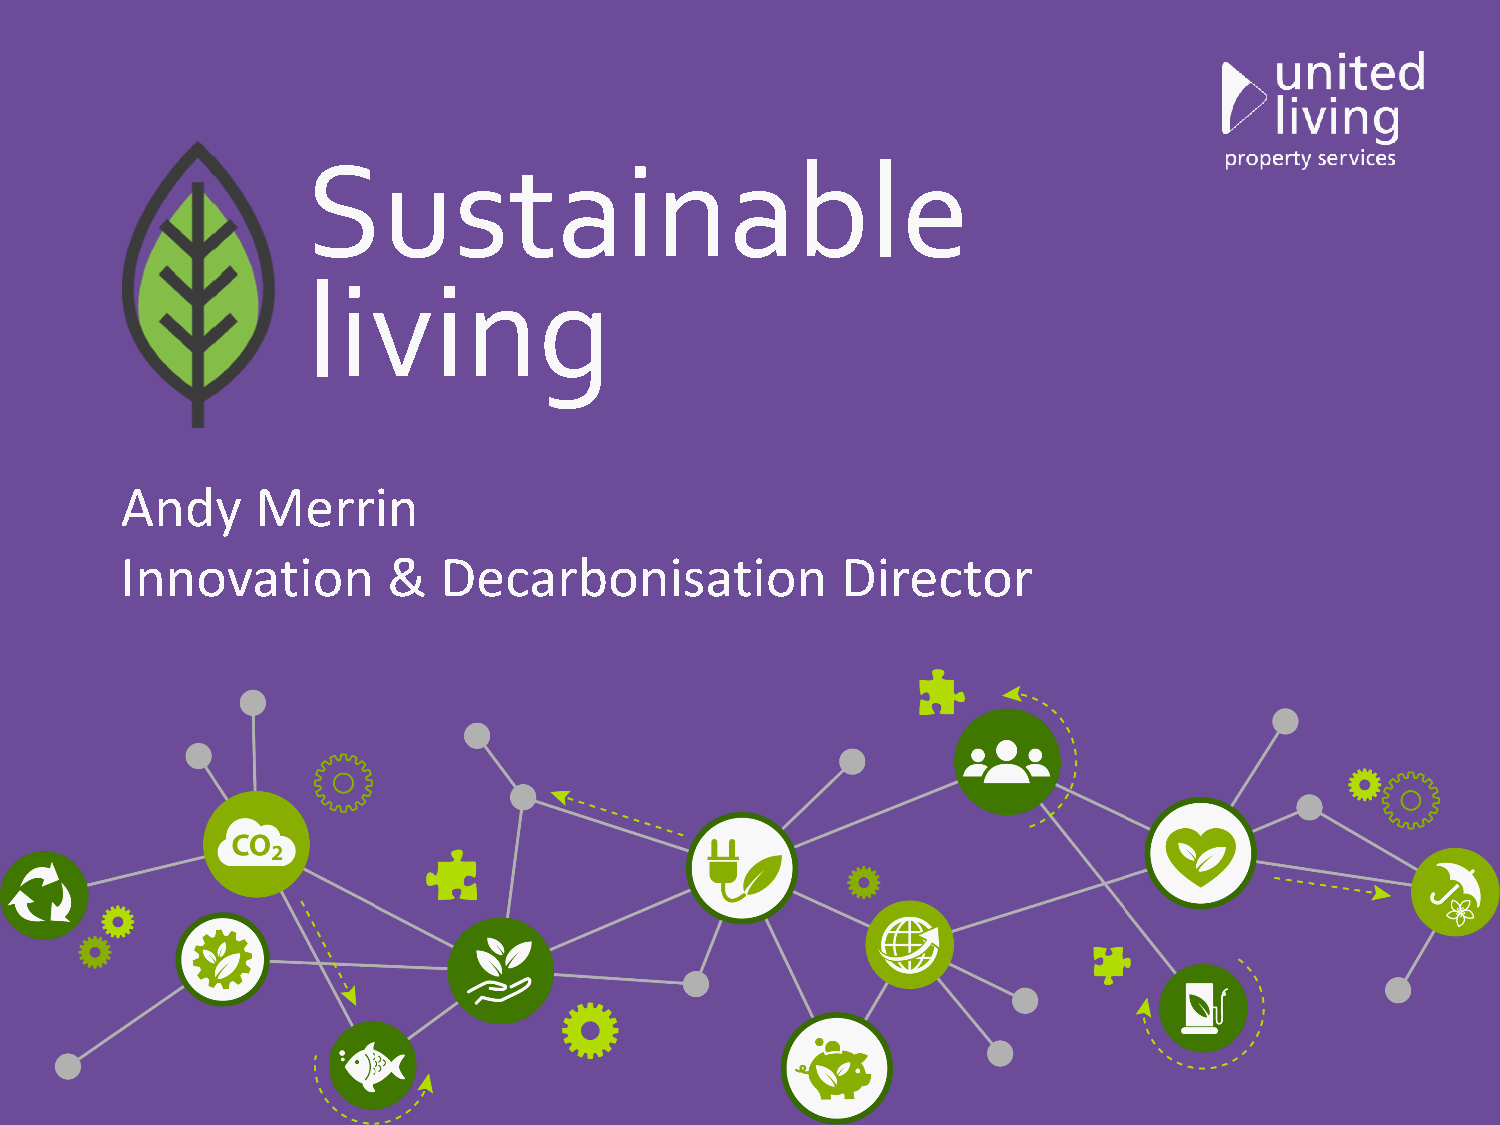
Sustainable
 living
 Andy     Merrin
 Innovation        &  Decarbonisation            Director
 Together we achieve more